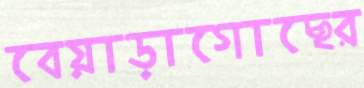
বেয়াড়াগোছের